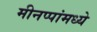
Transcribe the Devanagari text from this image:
मीनप्पांमध्ये